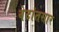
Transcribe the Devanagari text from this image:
वेदांतसार